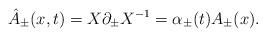
LaTeX: \begin{align*}{\hat A}_{\pm} (x,t) = X \partial _{\pm} X^{-1} = \alpha_{\pm}(t) A_{\pm}(x).\end{align*}